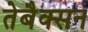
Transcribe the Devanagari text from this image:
तेबैक्सन